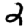
Digit: 2